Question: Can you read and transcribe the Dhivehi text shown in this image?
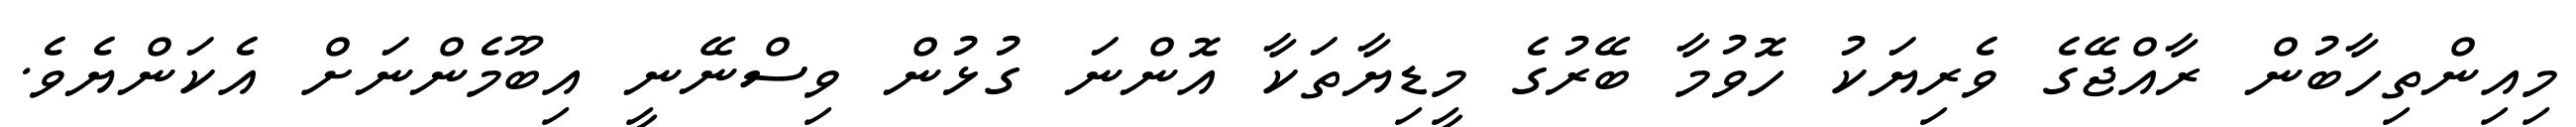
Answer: މިއިންތިހާބުން ރާއްޖޭގެ ވެރިޔަކު ހޮވުމާ ބޭރުގެ މީޑިޔާތަކާ އޮންނަ ގުޅުން ވިސްނޭނީ އިބޫމެންނަށް އެކަންޔެވެ.